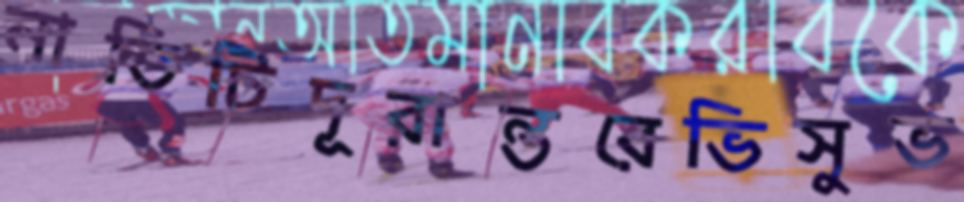
নাতিটিদূরান্তরেভিসুভ